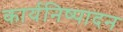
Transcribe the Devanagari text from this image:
कार्यनिष्‍पादन